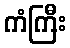
ကံကြီး